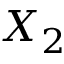
X _ { 2 }